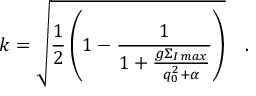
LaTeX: k = \sqrt { \frac { 1 } { 2 } \left( 1 - \frac { 1 } { 1 + \frac { g \Sigma _ { I \, m a x } } { q _ { 0 } ^ { 2 } + \alpha } } \right) } \quad .